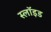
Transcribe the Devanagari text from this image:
स्लॉइड